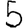
Digit: 5